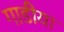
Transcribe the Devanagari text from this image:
गाडीया